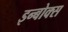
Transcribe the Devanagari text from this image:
इन्बोक्स